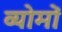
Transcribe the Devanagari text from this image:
व्योमों